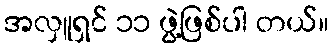
အလှူရှင် ၁၁ ဖွဲ့ဖြစ်ပါ တယ်။